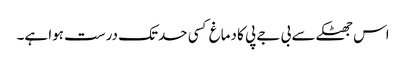
اس جھٹکے سے بی جے پی کا دماغ کسی حدتک درست ہوا ہے۔